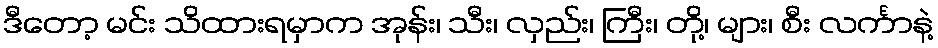
ဒီတော့ မင်း သိထားရမှာက အုန်း၊ သီး၊ လှည်း၊ ကြီး၊ တို့၊ များ၊ စီး လင်္ကာနဲ့